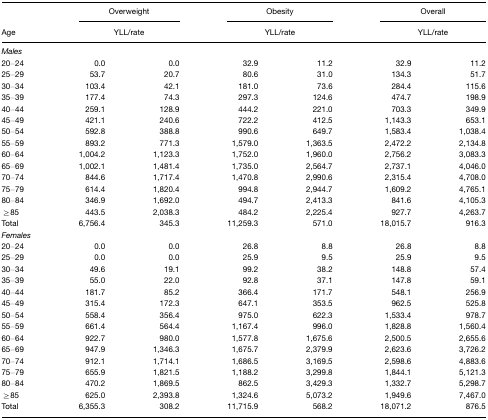
<table><thead><tr><td></td><td colspan="2"><b>Overweight</b></td><td colspan="2"><b>Obesity</b></td><td colspan="2"><b>Overall</b></td></tr><tr><td><b>Age</b></td><td colspan="2"><b>YLL/rate</b></td><td colspan="2"><b>YLL/rate</b></td><td colspan="2"><b>YLL/rate</b></td></tr></thead><tbody><tr><td><i>Males</i></td><td></td><td></td><td></td><td></td><td></td><td></td></tr><tr><td>20–24</td><td>0.0</td><td>0.0</td><td>32.9</td><td>11.2</td><td>32.9</td><td>11.2</td></tr><tr><td>25–29</td><td>53.7</td><td>20.7</td><td>80.6</td><td>31.0</td><td>134.3</td><td>51.7</td></tr><tr><td>30–34</td><td>103.4</td><td>42.1</td><td>181.0</td><td>73.6</td><td>284.4</td><td>115.6</td></tr><tr><td>35–39</td><td>177.4</td><td>74.3</td><td>297.3</td><td>124.6</td><td>474.7</td><td>198.9</td></tr><tr><td>40–44</td><td>259.1</td><td>128.9</td><td>444.2</td><td>221.0</td><td>703.3</td><td>349.9</td></tr><tr><td>45–49</td><td>421.1</td><td>240.6</td><td>722.2</td><td>412.5</td><td>1,143.3</td><td>653.1</td></tr><tr><td>50–54</td><td>592.8</td><td>388.8</td><td>990.6</td><td>649.7</td><td>1,583.4</td><td>1,038.4</td></tr><tr><td>55–59</td><td>893.2</td><td>771.3</td><td>1,579.0</td><td>1,363.5</td><td>2,472.2</td><td>2,134.8</td></tr><tr><td>60–64</td><td>1,004.2</td><td>1,123.3</td><td>1,752.0</td><td>1,960.0</td><td>2,756.2</td><td>3,083.3</td></tr><tr><td>65–69</td><td>1,002.1</td><td>1,481.4</td><td>1,735.0</td><td>2,564.7</td><td>2,737.1</td><td>4,046.0</td></tr><tr><td>70–74</td><td>844.6</td><td>1,717.4</td><td>1,470.8</td><td>2,990.6</td><td>2,315.4</td><td>4,708.0</td></tr><tr><td>75–79</td><td>614.4</td><td>1,820.4</td><td>994.8</td><td>2,944.7</td><td>1,609.2</td><td>4,765.1</td></tr><tr><td>80–84</td><td>346.9</td><td>1,692.0</td><td>494.7</td><td>2,413.3</td><td>841.6</td><td>4,105.3</td></tr><tr><td>≥85</td><td>443.5</td><td>2,038.3</td><td>484.2</td><td>2,225.4</td><td>927.7</td><td>4,263.7</td></tr><tr><td>Total</td><td>6,756.4</td><td>345.3</td><td>11,259.3</td><td>571.0</td><td>18,015.7</td><td>916.3</td></tr><tr><td><i>Females</i></td><td></td><td></td><td></td><td></td><td></td><td></td></tr><tr><td>20–24</td><td>0.0</td><td>0.0</td><td>26.8</td><td>8.8</td><td>26.8</td><td>8.8</td></tr><tr><td>25–29</td><td>0.0</td><td>0.0</td><td>25.9</td><td>9.5</td><td>25.9</td><td>9.5</td></tr><tr><td>30–34</td><td>49.6</td><td>19.1</td><td>99.2</td><td>38.2</td><td>148.8</td><td>57.4</td></tr><tr><td>35–39</td><td>55.0</td><td>22.0</td><td>92.8</td><td>37.1</td><td>147.8</td><td>59.1</td></tr><tr><td>40–44</td><td>181.7</td><td>85.2</td><td>366.4</td><td>171.7</td><td>548.1</td><td>256.9</td></tr><tr><td>45–49</td><td>315.4</td><td>172.3</td><td>647.1</td><td>353.5</td><td>962.5</td><td>525.8</td></tr><tr><td>50–54</td><td>558.4</td><td>356.4</td><td>975.0</td><td>622.3</td><td>1,533.4</td><td>978.7</td></tr><tr><td>55–59</td><td>661.4</td><td>564.4</td><td>1,167.4</td><td>996.0</td><td>1,828.8</td><td>1,560.4</td></tr><tr><td>60–64</td><td>922.7</td><td>980.0</td><td>1,577.8</td><td>1,675.6</td><td>2,500.5</td><td>2,655.6</td></tr><tr><td>65–69</td><td>947.9</td><td>1,346.3</td><td>1,675.7</td><td>2,379.9</td><td>2,623.6</td><td>3,726.2</td></tr><tr><td>70–74</td><td>912.1</td><td>1,714.1</td><td>1,686.5</td><td>3,169.5</td><td>2,598.6</td><td>4,883.6</td></tr><tr><td>75–79</td><td>655.9</td><td>1,821.5</td><td>1,188.2</td><td>3,299.8</td><td>1,844.1</td><td>5,121.3</td></tr><tr><td>80–84</td><td>470.2</td><td>1,869.5</td><td>862.5</td><td>3,429.3</td><td>1,332.7</td><td>5,298.7</td></tr><tr><td>≥85</td><td>625.0</td><td>2,393.8</td><td>1,324.6</td><td>5,073.2</td><td>1,949.6</td><td>7,467.0</td></tr><tr><td>Total</td><td>6,355.3</td><td>308.2</td><td>11,715.9</td><td>568.2</td><td>18,071.2</td><td>876.5</td></tr></tbody></table>